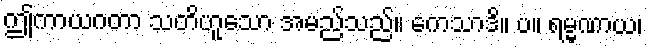
ဤကာယဂတာ သတိဟူသော အမည်သည်။ ကေသာဒိ။ ပ။ ရမ္မဏာယ၊